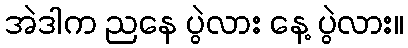
အဲဒါက ညနေ ပွဲလား နေ့ ပွဲလား။